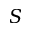
S